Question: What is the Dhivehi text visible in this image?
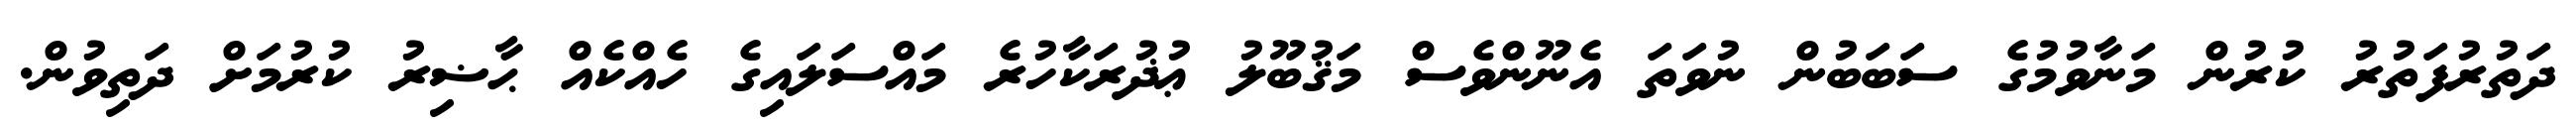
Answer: ދަތުރުފަތުރު ކުރުން މަނާވުމުގެ ސަބަބުން ނުވަތަ އެނޫންވެސް މަޤުބޫލު ޢުޛުރަކާހުރެ މައްސަލައިގެ ހެއްކެއް ޙާޟިރު ކުރުމަށް ދަތިވުން.